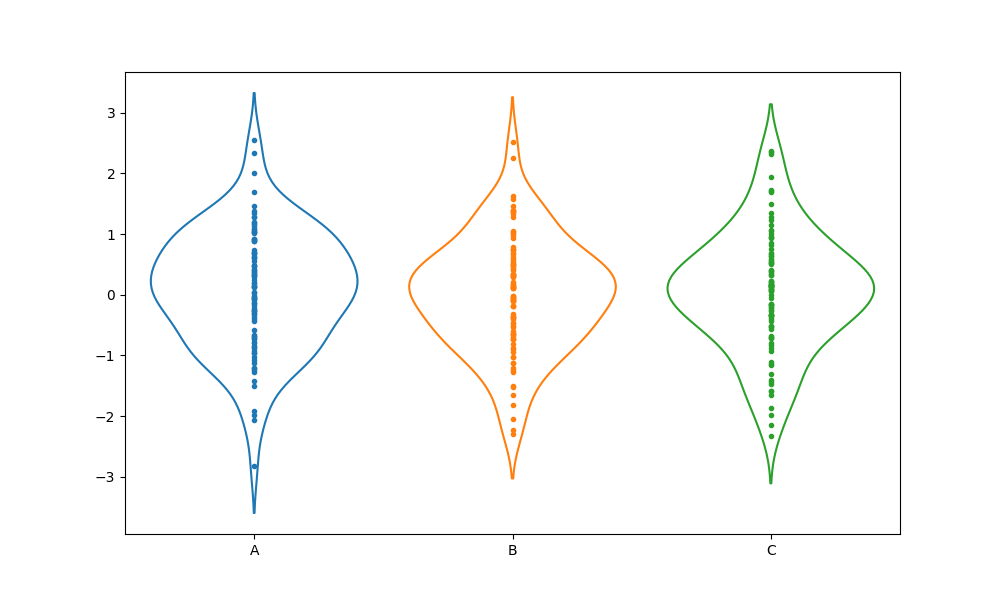
python, seaborn, violinplot, scale='area', split='False', inner='point', fill='False'